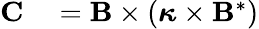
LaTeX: \begin{array}{rl}{\mathbf{C}}&{{}=\mathbf{B}\times\left(\boldsymbol{\kappa}\times\mathbf{B}^{*}\right)}\end{array}